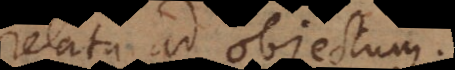
relata ad objectum.